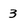
Character: 3